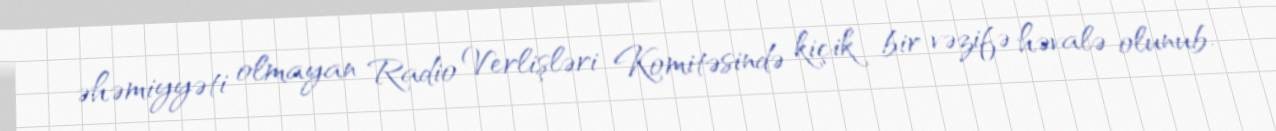
əhəmiyyəti olmayan Radio Verlişləri Komitəsində kiçik bir vəzifə həvalə olunub.